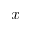
\boldsymbol { x }